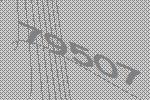
79507